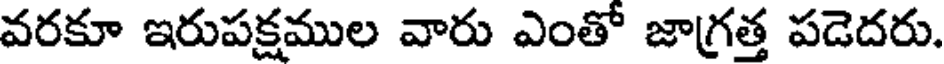
వరకూ ఇరుపక్షముల వారు ఎంతో జాగ్రత్త పడెదరు.